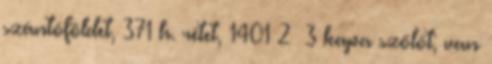
szántóföldet, 371 h. rétet, 1401 2 3 kapa szőlőt; van